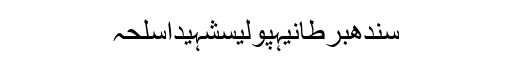
سندھبرطانیہپولیسشہیداسلحہ